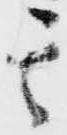
其